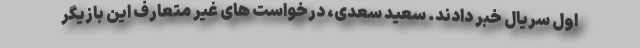
اول سریال خبر دادند. سعید سعدی، درخواست های غیر متعارف این بازیگر